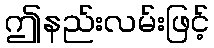
ဤနည်းလမ်းဖြင့်